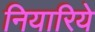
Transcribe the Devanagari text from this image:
नियारिये